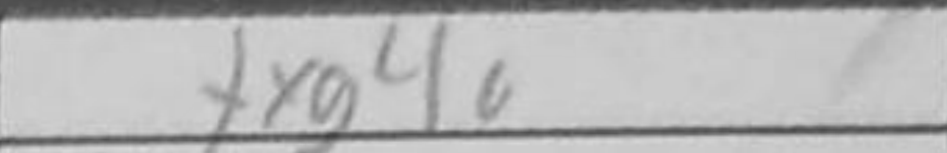
Transcription: bxc5